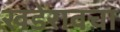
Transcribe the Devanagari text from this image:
खंडेरावचा